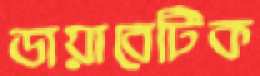
ডায়াবেটিক